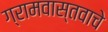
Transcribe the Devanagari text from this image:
ग्रामवास्तवाचे